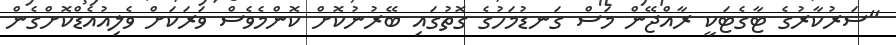
"ސަރުކާރުގެ ޓާގެޓަކީ ރާއްޖޭން މަސް ގަނޑުމަހުގެ ގޮތުގައި ބޭރުނުކޮށް ކޮންމެވެސް ވަރަކަށް ވެލިއުއެޑްކޮށްގެން